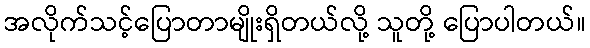
အလိုက်သင့်ပြောတာမျိုးရှိတယ်လို့ သူတို့ ပြောပါတယ်။